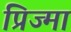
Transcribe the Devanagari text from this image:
प्रिज्मा